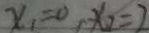
x _ { 1 } = 0 , x _ { 2 } = 2